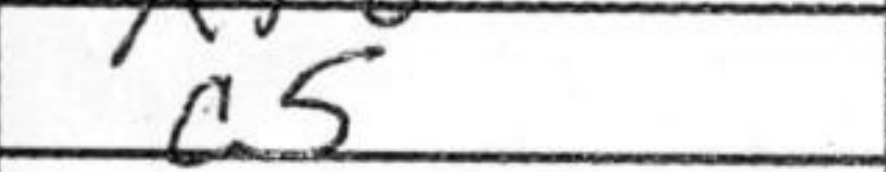
Transcription: c5